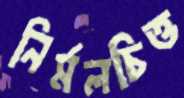
নির্মলচিত্ত